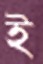
ই